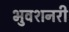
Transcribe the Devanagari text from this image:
भुवशनरी